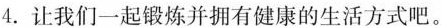
4.让我们一起锻炼并拥有健康的生活方式吧。